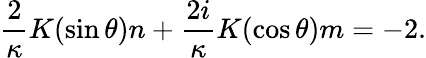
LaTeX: \frac{2}{\kappa}K(\sin\theta)n+\frac{2i}{\kappa}K(\cos\theta)m=-2.